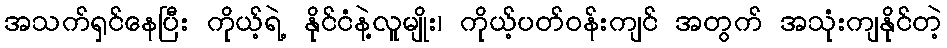
အသက်ရှင်နေပြီး ကိုယ့်ရဲ့ နိုင်ငံနဲ့လူမျိုး၊ ကိုယ့်ပတ်ဝန်းကျင် အတွက် အသုံးကျနိုင်တဲ့